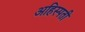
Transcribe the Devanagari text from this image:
अहिस्पती